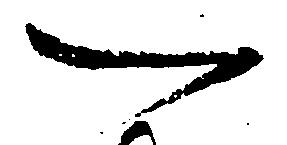
一